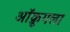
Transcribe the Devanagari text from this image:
ऑक्रूगला